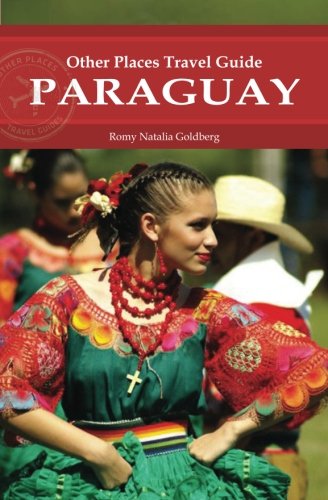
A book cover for Paraguay (Other Places Travel Guide) (Other Places Travel Guides); Romy Natalia Goldberg; Travel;